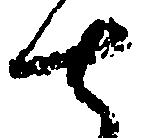
七